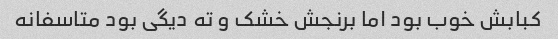
کبابش خوب بود اما برنجش خشک و ته دیگی بود متاسفانه